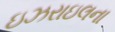
ઇઝરાઇલના